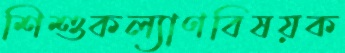
শিশুকল্যাণবিষয়ক